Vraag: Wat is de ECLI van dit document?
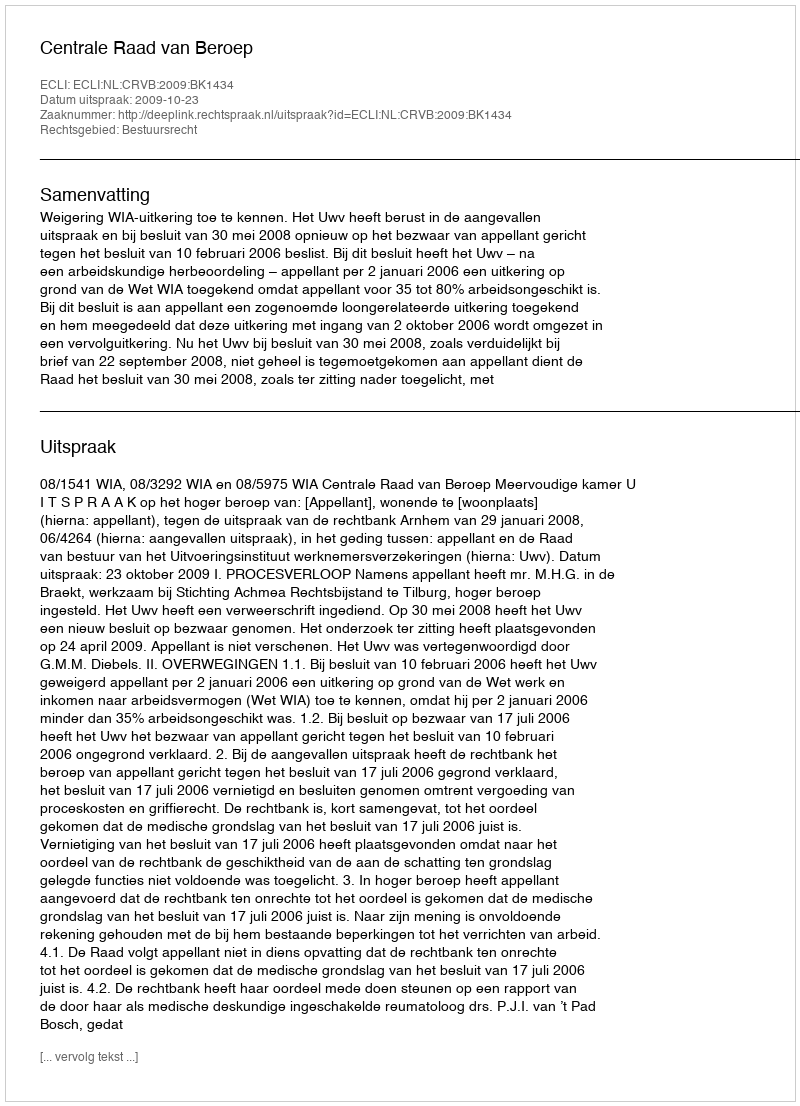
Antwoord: ECLI:NL:CRVB:2009:BK1434